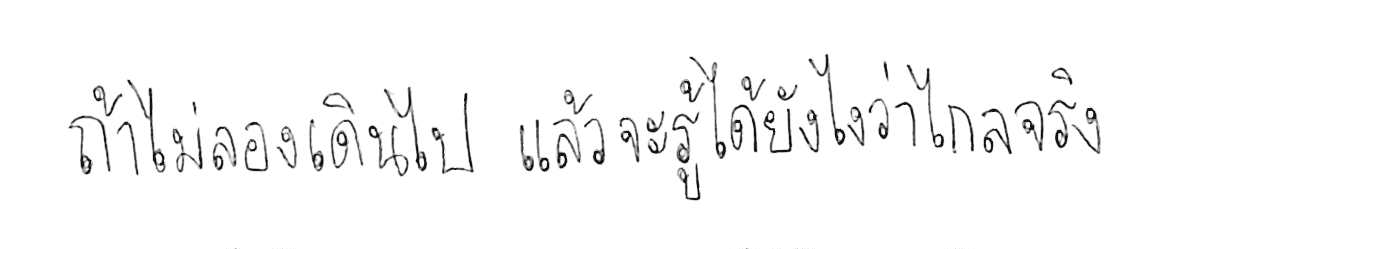
ถ้าไม่ลองเดินไป แล้วจะรู้ได้ยังไงว่าไกลจริง